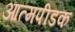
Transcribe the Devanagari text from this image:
आत्मपीडक